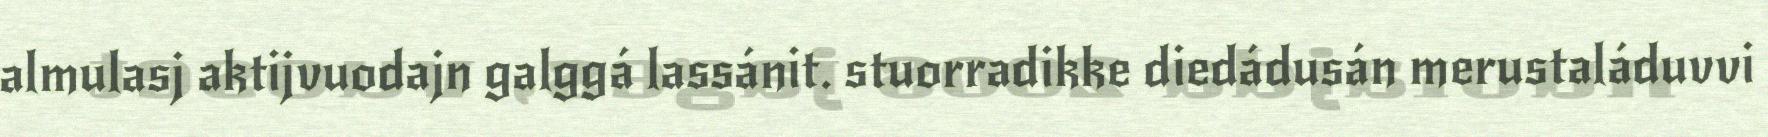
almulasj aktijvuodajn galggá lassánit. stuorradikke diedádusán merustaláduvvi